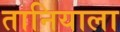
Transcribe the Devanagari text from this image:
तानियाला